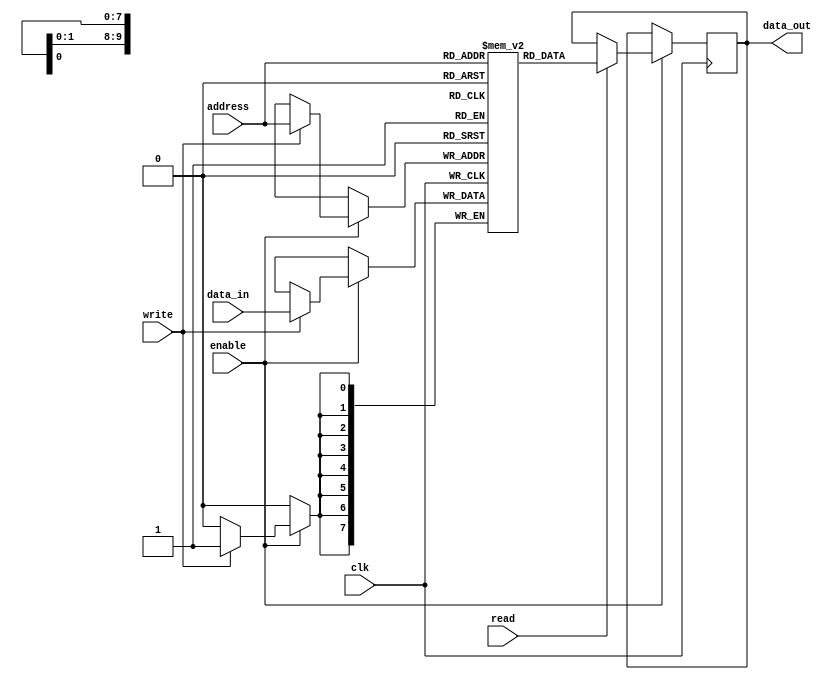
module SRAM (
  input wire clk,
  input wire enable,
  input wire read,
  input wire write,
  input wire[ADDR_WIDTH-1:0] address,
  input wire[DATA_WIDTH-1:0] data_in,
  output reg[DATA_WIDTH-1:0] data_out
);

parameter ADDR_WIDTH = 10;
parameter DATA_WIDTH = 8;

reg[DATA_WIDTH-1:0] memory[2**ADDR_WIDTH-1:0];

always @(posedge clk) begin
  if (enable) begin
    if (read) begin
      data_out <= memory[address];
    end
    if (write) begin
      memory[address] <= data_in;
    end
  end
end

endmodule